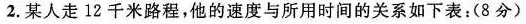
2.某人走12千米路程，他的速度与所用时间的关系如下表：(8分)